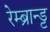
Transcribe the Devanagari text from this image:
रेम्ब्रान्ड्ट